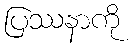
ပြဿနာကို